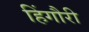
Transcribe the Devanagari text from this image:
हिंगौरी